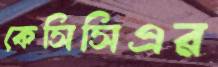
কেসিসিএর